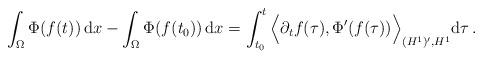
LaTeX: \begin{align*}\int_\Omega\Phi(f(t))\, \mathrm{d}x-\int_\Omega\Phi(f(t_0))\, \mathrm{d}x=\int_{t_0}^t\Big\langle\partial_t f(\tau),\Phi'(f(\tau))\Big\rangle_{(H^1)',H^1} \mathrm{d}\tau\,.\end{align*}